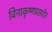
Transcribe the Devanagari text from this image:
विनाकृष्णप्रसादेन